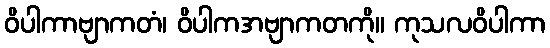
ဝိပါကာဗျာကတံ၊ ဝိပါကအဗျာကတကို။ ကုသလဝိပါကာ